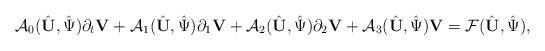
LaTeX: \begin{align*}\mathcal{A}_0(\hat{{\mathbf U}},\hat{\Psi})\partial_t{\mathbf V}+\mathcal{A}_1(\hat{{\mathbf U}},\hat{\Psi})\partial_1{\mathbf V}+\mathcal{A}_2(\hat{{\mathbf U}},\hat{\Psi})\partial_2{\mathbf V}+\mathcal{A}_3(\hat{{\mathbf U}},\hat{\Psi}){\mathbf V}=\mathcal{F}(\hat{{\mathbf U}},\hat{\Psi}),\end{align*}